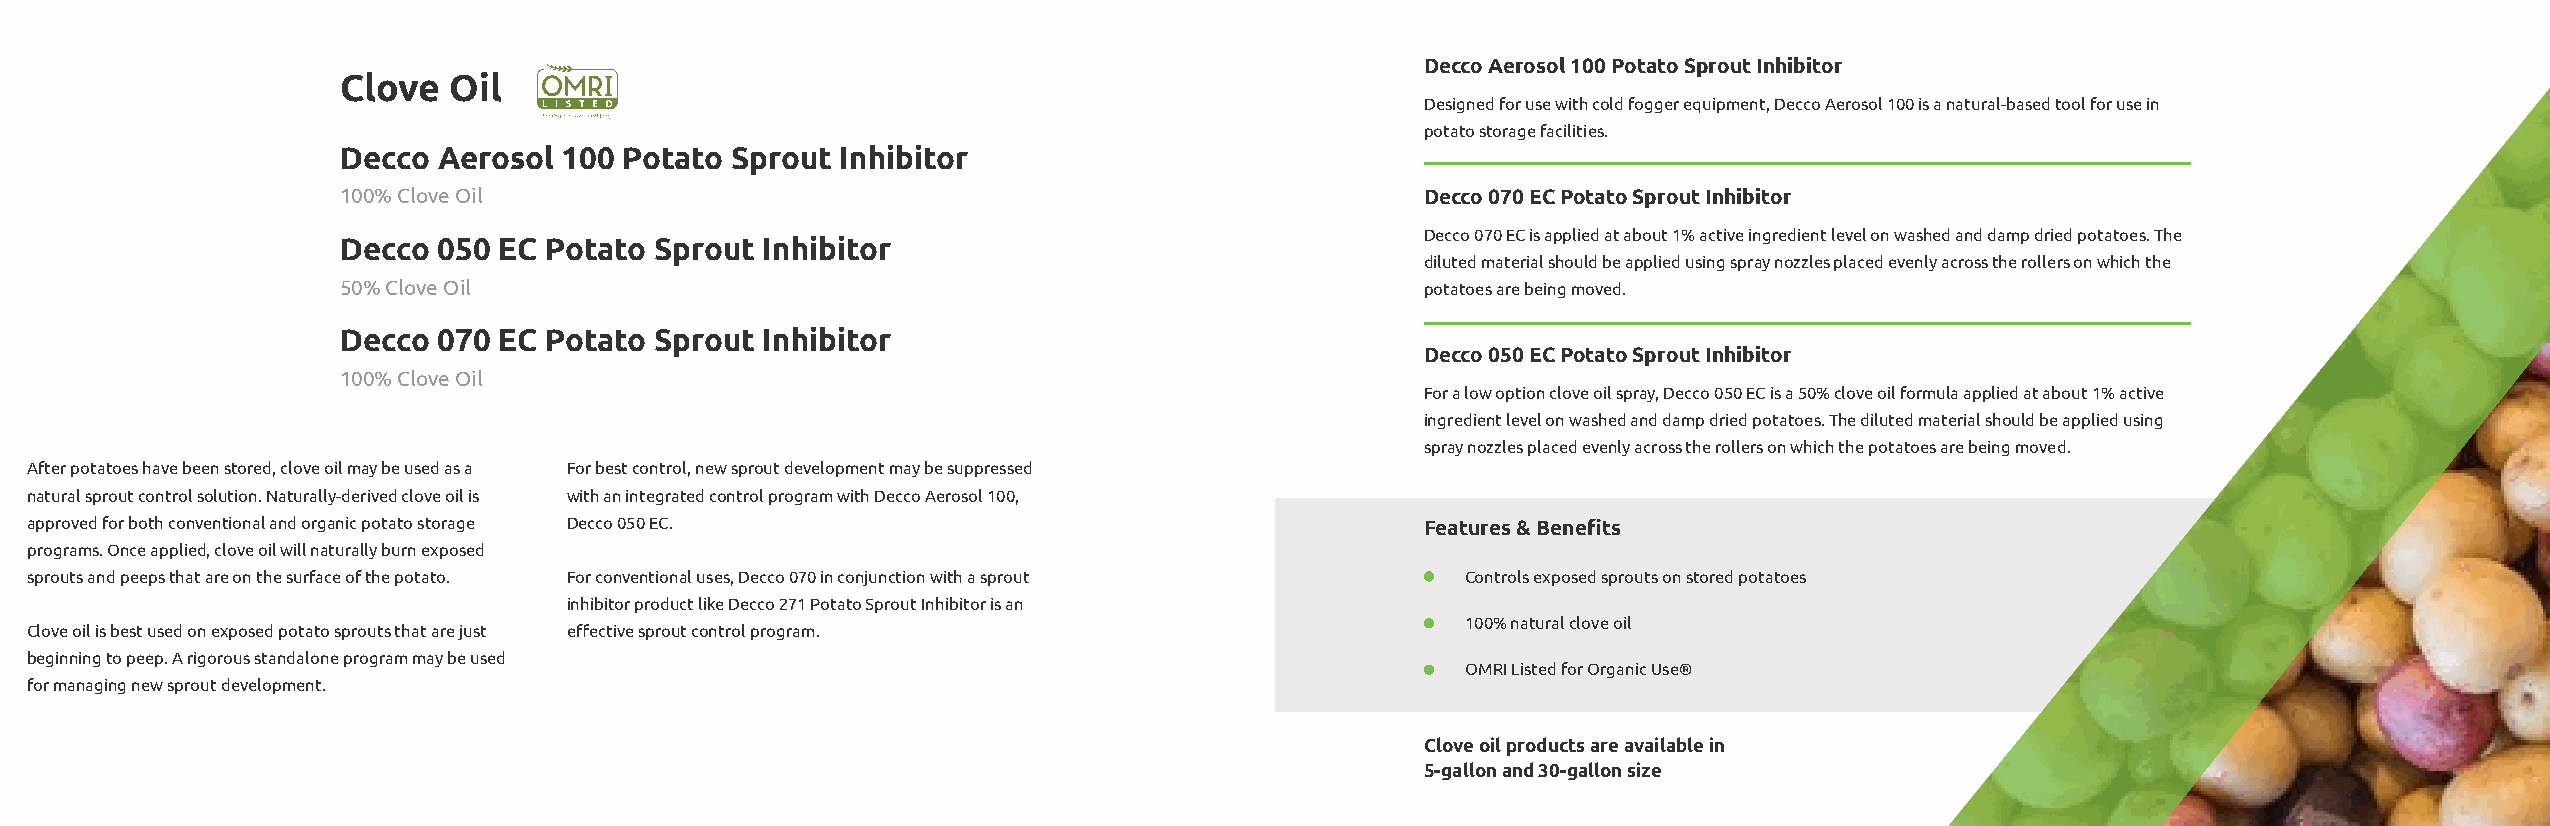
Decco Aerosol 100 Potato Sprout Inhibitor
 Clove  Oil
 Designed for use with cold fogger equipment, Decco Aerosol 100 is a natural-based tool for use in
 potato storage facilities.
 Decco Aerosol 100 Potato Sprout  Inhibitor
 100% Clove Oil                                                         Decco 070 EC Potato Sprout Inhibitor
 Decco 070 EC is applied at about 1% active ingredient level on washed and damp dried potatoes. The
 Decco 050 EC Potato Sprout Inhibitor
 diluted material should be applied using spray nozzles placed evenly across the rollers on which the
 50% Clove Oil                                                          potatoes are being moved.
 Decco 070 EC Potato Sprout Inhibitor
 Decco 050 EC Potato Sprout Inhibitor
 100% Clove Oil
 For a low option clove oil spray, Decco 050 EC is a 50% clove oil formula applied at about 1% active
 ingredient level on washed and damp dried potatoes. The diluted material should be applied using
 spray nozzles placed evenly across the rollers on which the potatoes are being moved.
 After potatoes have been stored, clove oil may be used as a For best control, new sprout development may be suppressed
 natural sprout control solution. Naturally-derived clove oil is with an integrated control program with Decco Aerosol 100,
 approved for both conventional and organic potato storage Decco 050 EC.                     Features & Benefits
 programs. Once applied, clove oil will naturally burn exposed
 sprouts and peeps that are on the surface of the potato. For conventional uses, Decco 070 in conjunction with a sprout Controls exposed sprouts on stored potatoes
 inhibitor product like Decco 271 Potato Sprout Inhibitor is an
 100% natural clove oil
 Clove oil is best used on exposed potato sprouts that are just effective sprout control program.
 beginning to peep. A rigorous standalone program may be used
 OMRI Listed for Organic Use®
 for managing new sprout development.
 Clove oil products are available in
 5-gallon and 30-gallon size